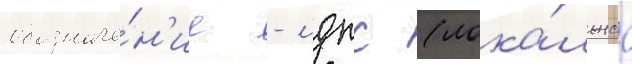
обозначе́н'ие - лдпс (лока́льнаа